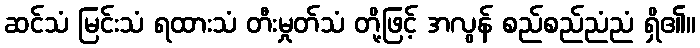
ဆင်သံ မြင်းသံ ရထားသံ တီးမှုတ်သံ တို့ဖြင့် အလွန် စည်စည်ညံညံ ရှိ၏။